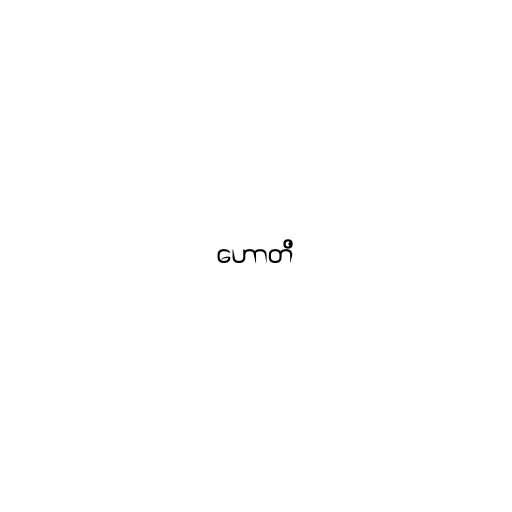
ဟောတိ